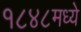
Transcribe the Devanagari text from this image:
१८४८मध्ये